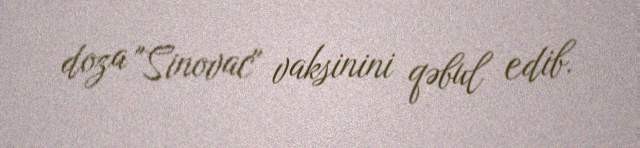
doza "Sinovac" vaksinini qəbul edib.